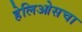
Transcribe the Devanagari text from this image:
हेलिओसचा